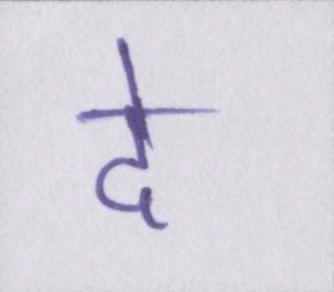
दे